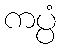
ကပ္ပံ